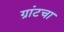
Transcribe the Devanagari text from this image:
ग्रांटचा